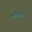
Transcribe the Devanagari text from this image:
कोलोसंटो